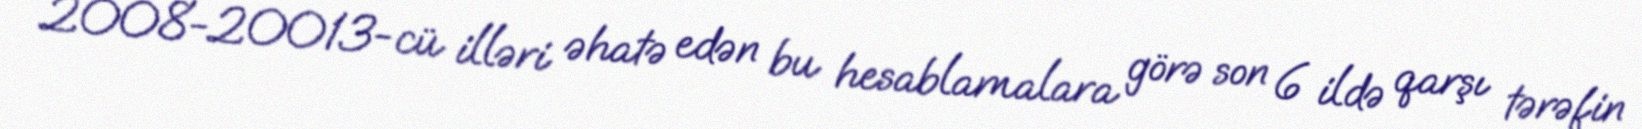
2008-20013-cü illəri əhatə edən bu hesablamalara görə son 6 ildə qarşı tərəfin